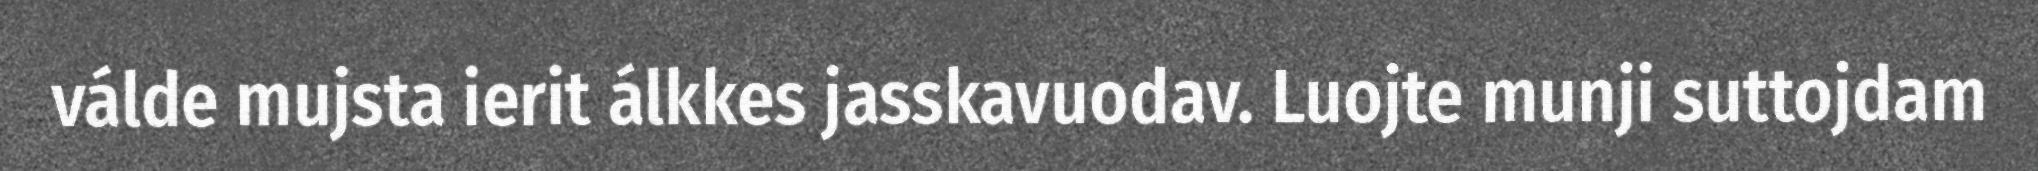
válde mujsta ierit álkkes jasskavuodav. Luojte munji suttojdam